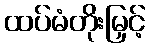
ထပ်မံတိုးမြှင့်